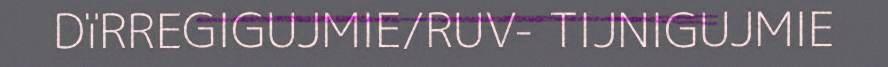
DïRREGIGUJMIE/RUV- TIJNIGUJMIE